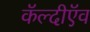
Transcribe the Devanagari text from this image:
कॅल्दीऍव